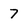
Character: 7